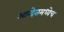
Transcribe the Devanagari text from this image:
आन्देसमध्येच